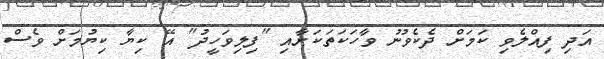
އަދި ފިއްލެވި ކަމަށް ދެކެވުނު ވާހަކަތަކަށާއި "ފިލިވަހީދު" އޭ ކިޔާ ކިޔުމަށް ވެސް